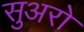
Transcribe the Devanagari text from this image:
सुअरो